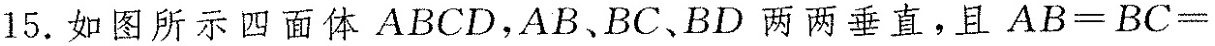
15.如图所示四面体ABCD，AB、BC、BD两两垂直，且$$A B = B C =$$